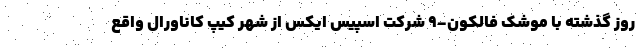
روز گذشته با موشک فالکون-9 شرکت اسپیس ایکس از شهر کیپ کاناورال واقع